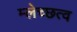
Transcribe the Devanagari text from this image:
म्लेच्छत्व